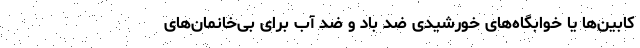
کابین‌ها یا خوابگاه‌های خورشیدی ضد باد و ضد آب برای بی‌خانمان‌های